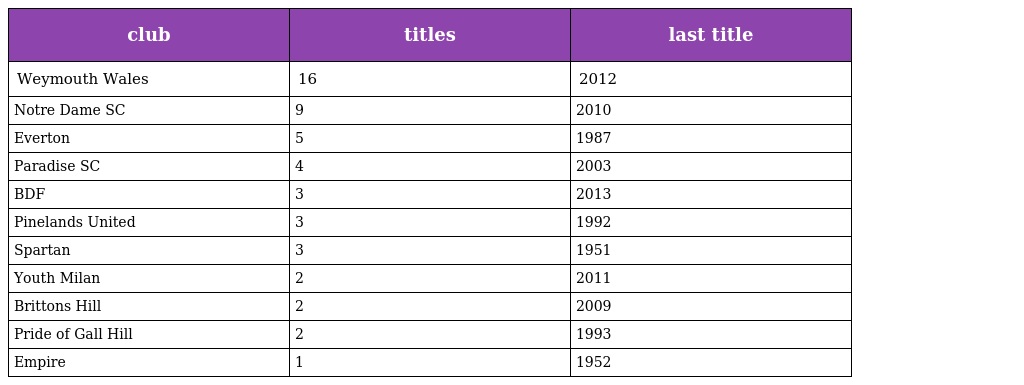
| club | titles | last title |
 | --- | --- | --- |
 | Weymouth Wales | 16 | 2012 |
 | Notre Dame SC | 9 | 2010 |
 | Everton | 5 | 1987 |
 | Paradise SC | 4 | 2003 |
 | BDF | 3 | 2013 |
 | Pinelands United | 3 | 1992 |
 | Spartan | 3 | 1951 |
 | Youth Milan | 2 | 2011 |
 | Brittons Hill | 2 | 2009 |
 | Pride of Gall Hill | 2 | 1993 |
 | Empire | 1 | 1952 |